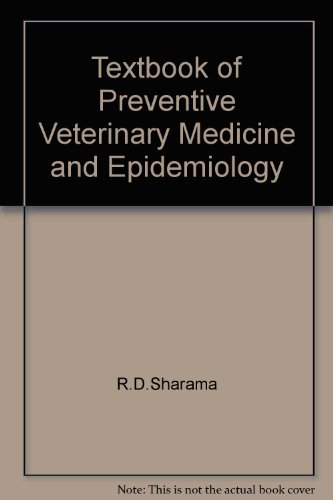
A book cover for Textbook of Preventive Veterinary Medicine and Epidemiology; R.D.Sharama; Medical Books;